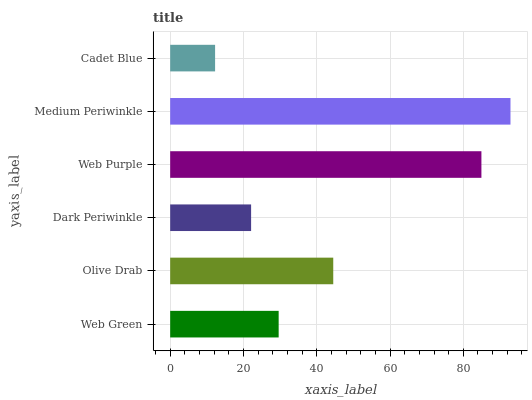
| yaxis_label | bars |
 | --- | --- |
 | Web Green | 29.6 |
 | Olive Drab | 44.5 |
 | Dark Periwinkle | 22.1 |
 | Web Purple | 84.9 |
 | Medium Periwinkle | 92.9 |
 | Cadet Blue | 12.3 |